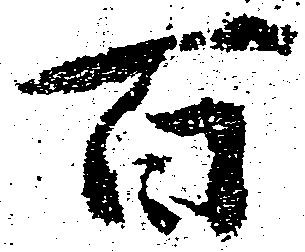
百